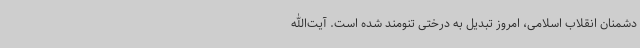
دشمنان انقلاب اسلامی، امروز تبدیل به درختی تنومند شده است. آیت‌الله